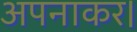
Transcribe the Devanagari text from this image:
अपनाकर।